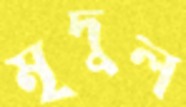
মৃদুল